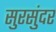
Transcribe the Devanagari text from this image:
सुरसुंदर